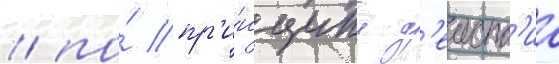
/ по́ пр'и́нципу д'еиств'иа